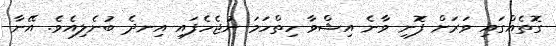
ގޮތެއްގަައި ވަރަށް ފޮނި ވާނެ އިޝްވާ ހިތްހަމަ ނުޖެހެފައި އިނދެ ބުނެލިއެވެ. އޭނާ